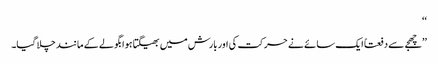
‘‘
’’چھجے سے دفعتاً ایک سائے نے حرکت کی اور بارش میں بھیگتا ہوا بگولے کے مانند چلا گیا۔